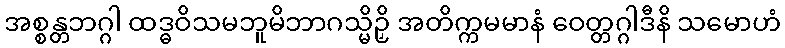
အစ္စန္တဘဂ္ဂါ ထဒ္ဓဝိသမဘူမိဘာဂသ္မိဉှိ အတိက္ကမမာနံ ဝေတ္တဂ္ဂါဒီနိ သမောဟံ